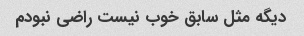
دیگه مثل سابق خوب نیست راضی نبودم